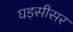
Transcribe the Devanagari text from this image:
घड़सीसर